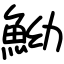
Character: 䱂